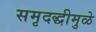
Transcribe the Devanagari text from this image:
समृदद्धीमुळे